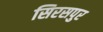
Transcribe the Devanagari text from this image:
सिरसपुर